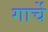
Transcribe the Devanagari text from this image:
गार्चे